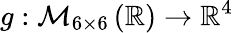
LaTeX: g:\mathcal{M}_{6\times 6}\left(\mathbb{R}\right)\to\mathbb{R}^{4}